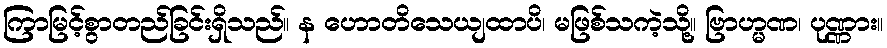
ကြာမြင့်စွာတည်ခြင်းရှိသည်။ န ဟောတိသေယျထာပိ၊ မဖြစ်သကဲ့သို့။ ဗြာဟ္မဏ၊ ပုဏ္ဏား။